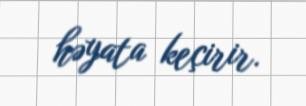
həyata keçirir.